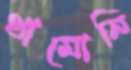
থামোনি